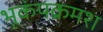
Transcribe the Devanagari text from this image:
भूकंपक्रमश